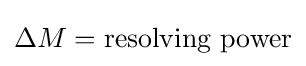
\Delta M=\mathrm {resolving\ power}